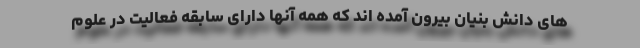
های دانش بنیان بیرون آمده اند که همه آنها دارای سابقه فعالیت در علوم